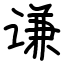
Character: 谦